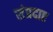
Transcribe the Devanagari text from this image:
संप्रदाए